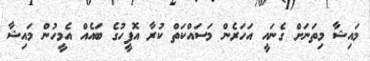
މައިޝާ މިތަނަށް ގެނައީ އަހަރެން މަސައްކަތް ކުރާ އޮފީހުގެ ބައެއް އެމީހުން މައިޝާ